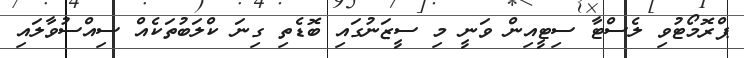
ޕްރޮމޯޓުވި ލެސްޓާ ސިޓީއިން ވަނީ މި ސީޒަނުގައި ބޮޑެތި ގިނަ ކްލަބުތަކެއް ސިއްސުވާލައި